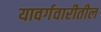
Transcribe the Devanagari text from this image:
यावर्गवारीतील